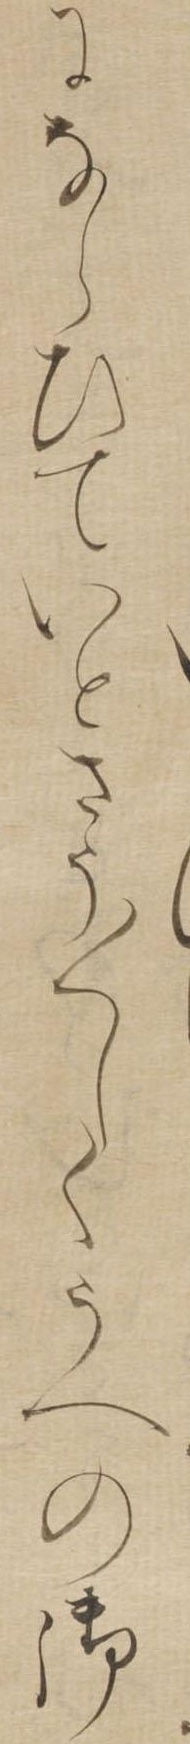
にならひていとさう〱しくうへの御